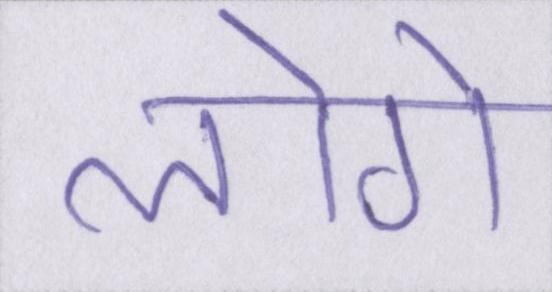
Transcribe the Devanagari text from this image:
लोगे